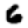
Digit: 6